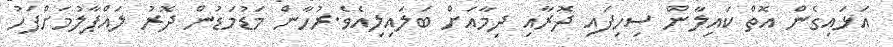
އަޅައިގެން އޮތް ކައިލާން ސިހިފައި ދޮރާއި ދިމާއަށް ބަލައިލިއެވެ.ރުހާން މަޑުމަޑުން ދޮރު ލައްޕާލުމަށްފަހު